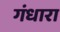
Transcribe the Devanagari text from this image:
गंधारा